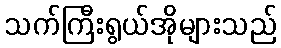
သက်ကြီးရွယ်အိုများသည်